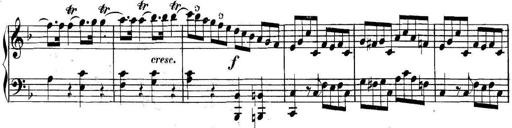
Title: Collected Piano Sonatas
Composer: Muzio Clementi